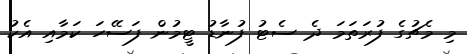
މި މެޗުގެ ފުރަތަމަ ދެ ސެޓު ފުނާޑު ޓީމުން ފަސޭހަ ކަމާއި އެކު